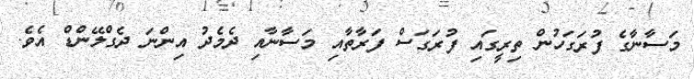
މަސާނާގެ ފުރަގަހުން ތިރީގައި ފުރަގަސް ފަރާތާއި މަސާނާއި ދެމެދު އިންނަ ދެގްލޭންޑް އެވެ.